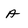
Character: A